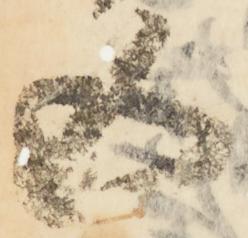
五